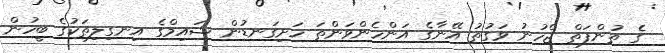
ގެ ތުންފަތް ޖެހުނު ވަގުތު އޭނާގެ އަންހެންވަންތަ ހަށިގަނޑުން ޝައިމްގެ އިނގިލިތަކުގެ ބީހުން